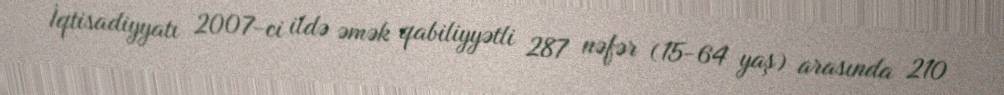
İqtisadiyyatı 2007-ci ildə əmək qabiliyyətli 287 nəfər (15-64 yaş) arasında 210